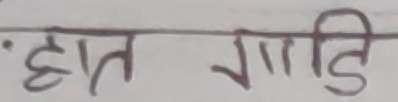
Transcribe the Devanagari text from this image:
हात गाडि